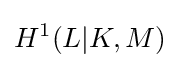
H^{1}(L|K,M)